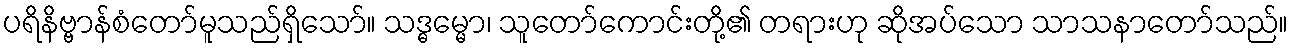
ပရိနိဗ္ဗာန်စံတော်မူသည်ရှိသော်။ သဒ္ဓမ္မော၊ သူတော်ကောင်းတို့၏ တရားဟု ဆိုအပ်သော သာသနာတော်သည်။